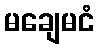
မချေမငံ